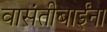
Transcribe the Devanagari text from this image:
वासंतीबाईंना